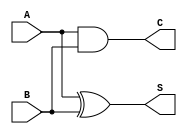
module CarryLookaheadHalfAdder (
    input wire A,  // First input bit
    input wire B,  // Second input bit
    output wire S, // Sum output
    output wire C  // Carry output
);

// Sum calculation using XOR
assign S = A ^ B;

// Carry calculation using AND
assign C = A & B;

endmodule